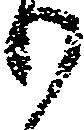
り